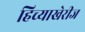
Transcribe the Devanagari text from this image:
हिच्याखेरीज